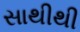
સાથીથી